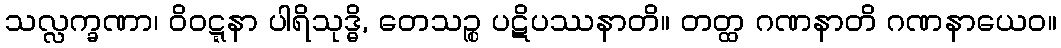
သလ္လက္ခဏာ၊ ဝိဝဋ္ဋနာ ပါရိသုဒ္ဓိ, တေသဉ္စ ပဋိပဿနာတိ။ တတ္ထ ဂဏနာတိ ဂဏနာယေဝ။